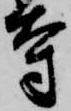
寺